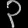
Digit: ၃